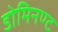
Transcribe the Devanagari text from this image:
डोमिनण्ट